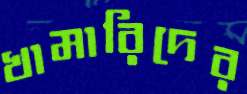
খামারিদের